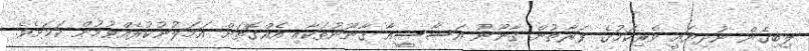
ލިބިގެން ނުދިޔައީ ވެރިކަމުގެ ފަރާތުން ޤާނޫނު އަސާސީއާ ޤާނޫނުތަކާއި އެއްގޮތަށް އަމަލުނުކުރެއްވުމުން ކަމަށެވެ.